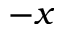
- x